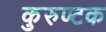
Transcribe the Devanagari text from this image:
कुरुण्टक